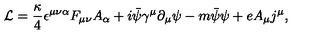
{ \cal L } = { \frac { \kappa } { 4 } } \epsilon ^ { \mu \nu \alpha } F _ { \mu \nu } A _ { \alpha } + i \bar { \psi } { \gamma } ^ { \mu } { \partial } _ { \mu } \psi - m \bar { \psi } \psi + e A _ { \mu } j ^ { \mu } ,